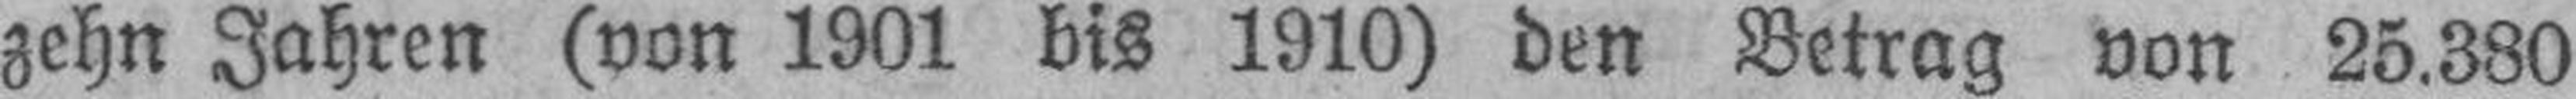
zehn Jahren (von 1901 bis 1910) den Betrag von 25.380